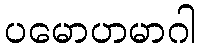
ပမောဟမာဂါ